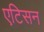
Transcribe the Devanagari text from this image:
एटिसन